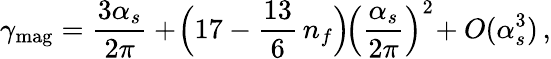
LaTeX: \gamma_{\mathrm{mag}}=\frac{3\alpha_{s}}{2\pi}+\! \Big(17-\frac{13}{6}\, n_{f}\Big)\! \left(\frac{\alpha_{s}}{2\pi}\right)^{2}\! +O(\alpha_{s}^{3})\, ,